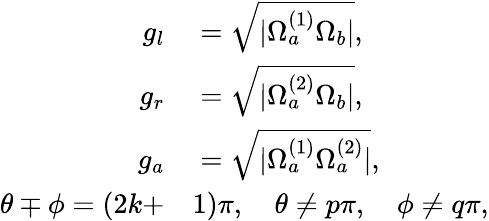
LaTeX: \begin{array}{rl}{g_{l}}&{{}=\sqrt{|\Omega_{a}^{(1)}\Omega_{b}|},}\\ {g_{r}}&{{}=\sqrt{|\Omega_{a}^{(2)}\Omega_{b}|},}\\ {g_{a}}&{{}=\sqrt{|\Omega_{a}^{(1)}\Omega_{a}^{(2)}|},}\\ {\theta\mp\phi=(2k+}&{{}1)\pi,\quad\theta\neq p\pi,\quad\phi\neq q\pi,}\end{array}